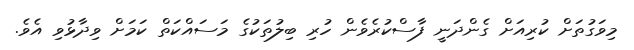
މިވަގުތަށް ކުރިއަށް ގެންދަނީ ފާސްކުރެވެން ހުރި ބިލުތަކުގެ މަސައްކަތް ކަމަށް ވިދާޅުވި އެވެ.